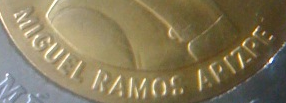
MIGUEL RAMOS APIZPE